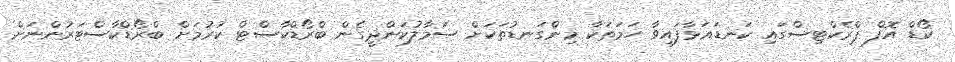
ކޯޑް އޮފް ޕްރެކްޓިސްގައި ކަނޑައަޅާފައިވާ ހަމަތަކާ މިންގަނޑުތަކަށް ސަމާލުކަންދީގެން ބްރޯޑްކާސްޓް ކުރުމަށް ބްރޯޑްކާސްޓަރުންނަށް